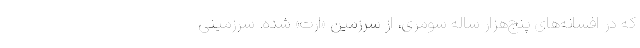
که در افسانه‌های پنج‌هزار ساله سومری، از سرزمین «اَرَتَ» شده. سرزمینی